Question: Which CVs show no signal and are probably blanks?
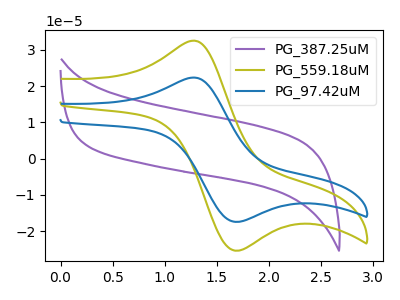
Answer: <think>The purple curve "PG_387.25uM" has no peaks. The olive curve "PG_559.18uM" has an anodic peak at (1.25V, 32.45uA) and a cathodic peak at (1.65V, -25.35uA). The blue curve "PG_97.42uM" has an anodic peak at (1.25V, 22.30uA) and a cathodic peak at (1.65V, -17.40uA).</think>
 <answer>"PG_387.25uM" is likely to be a blank.</answer>
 <eval>PG_387.25uM</eval>